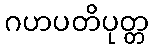
ဂဟပတိပုတ္တ